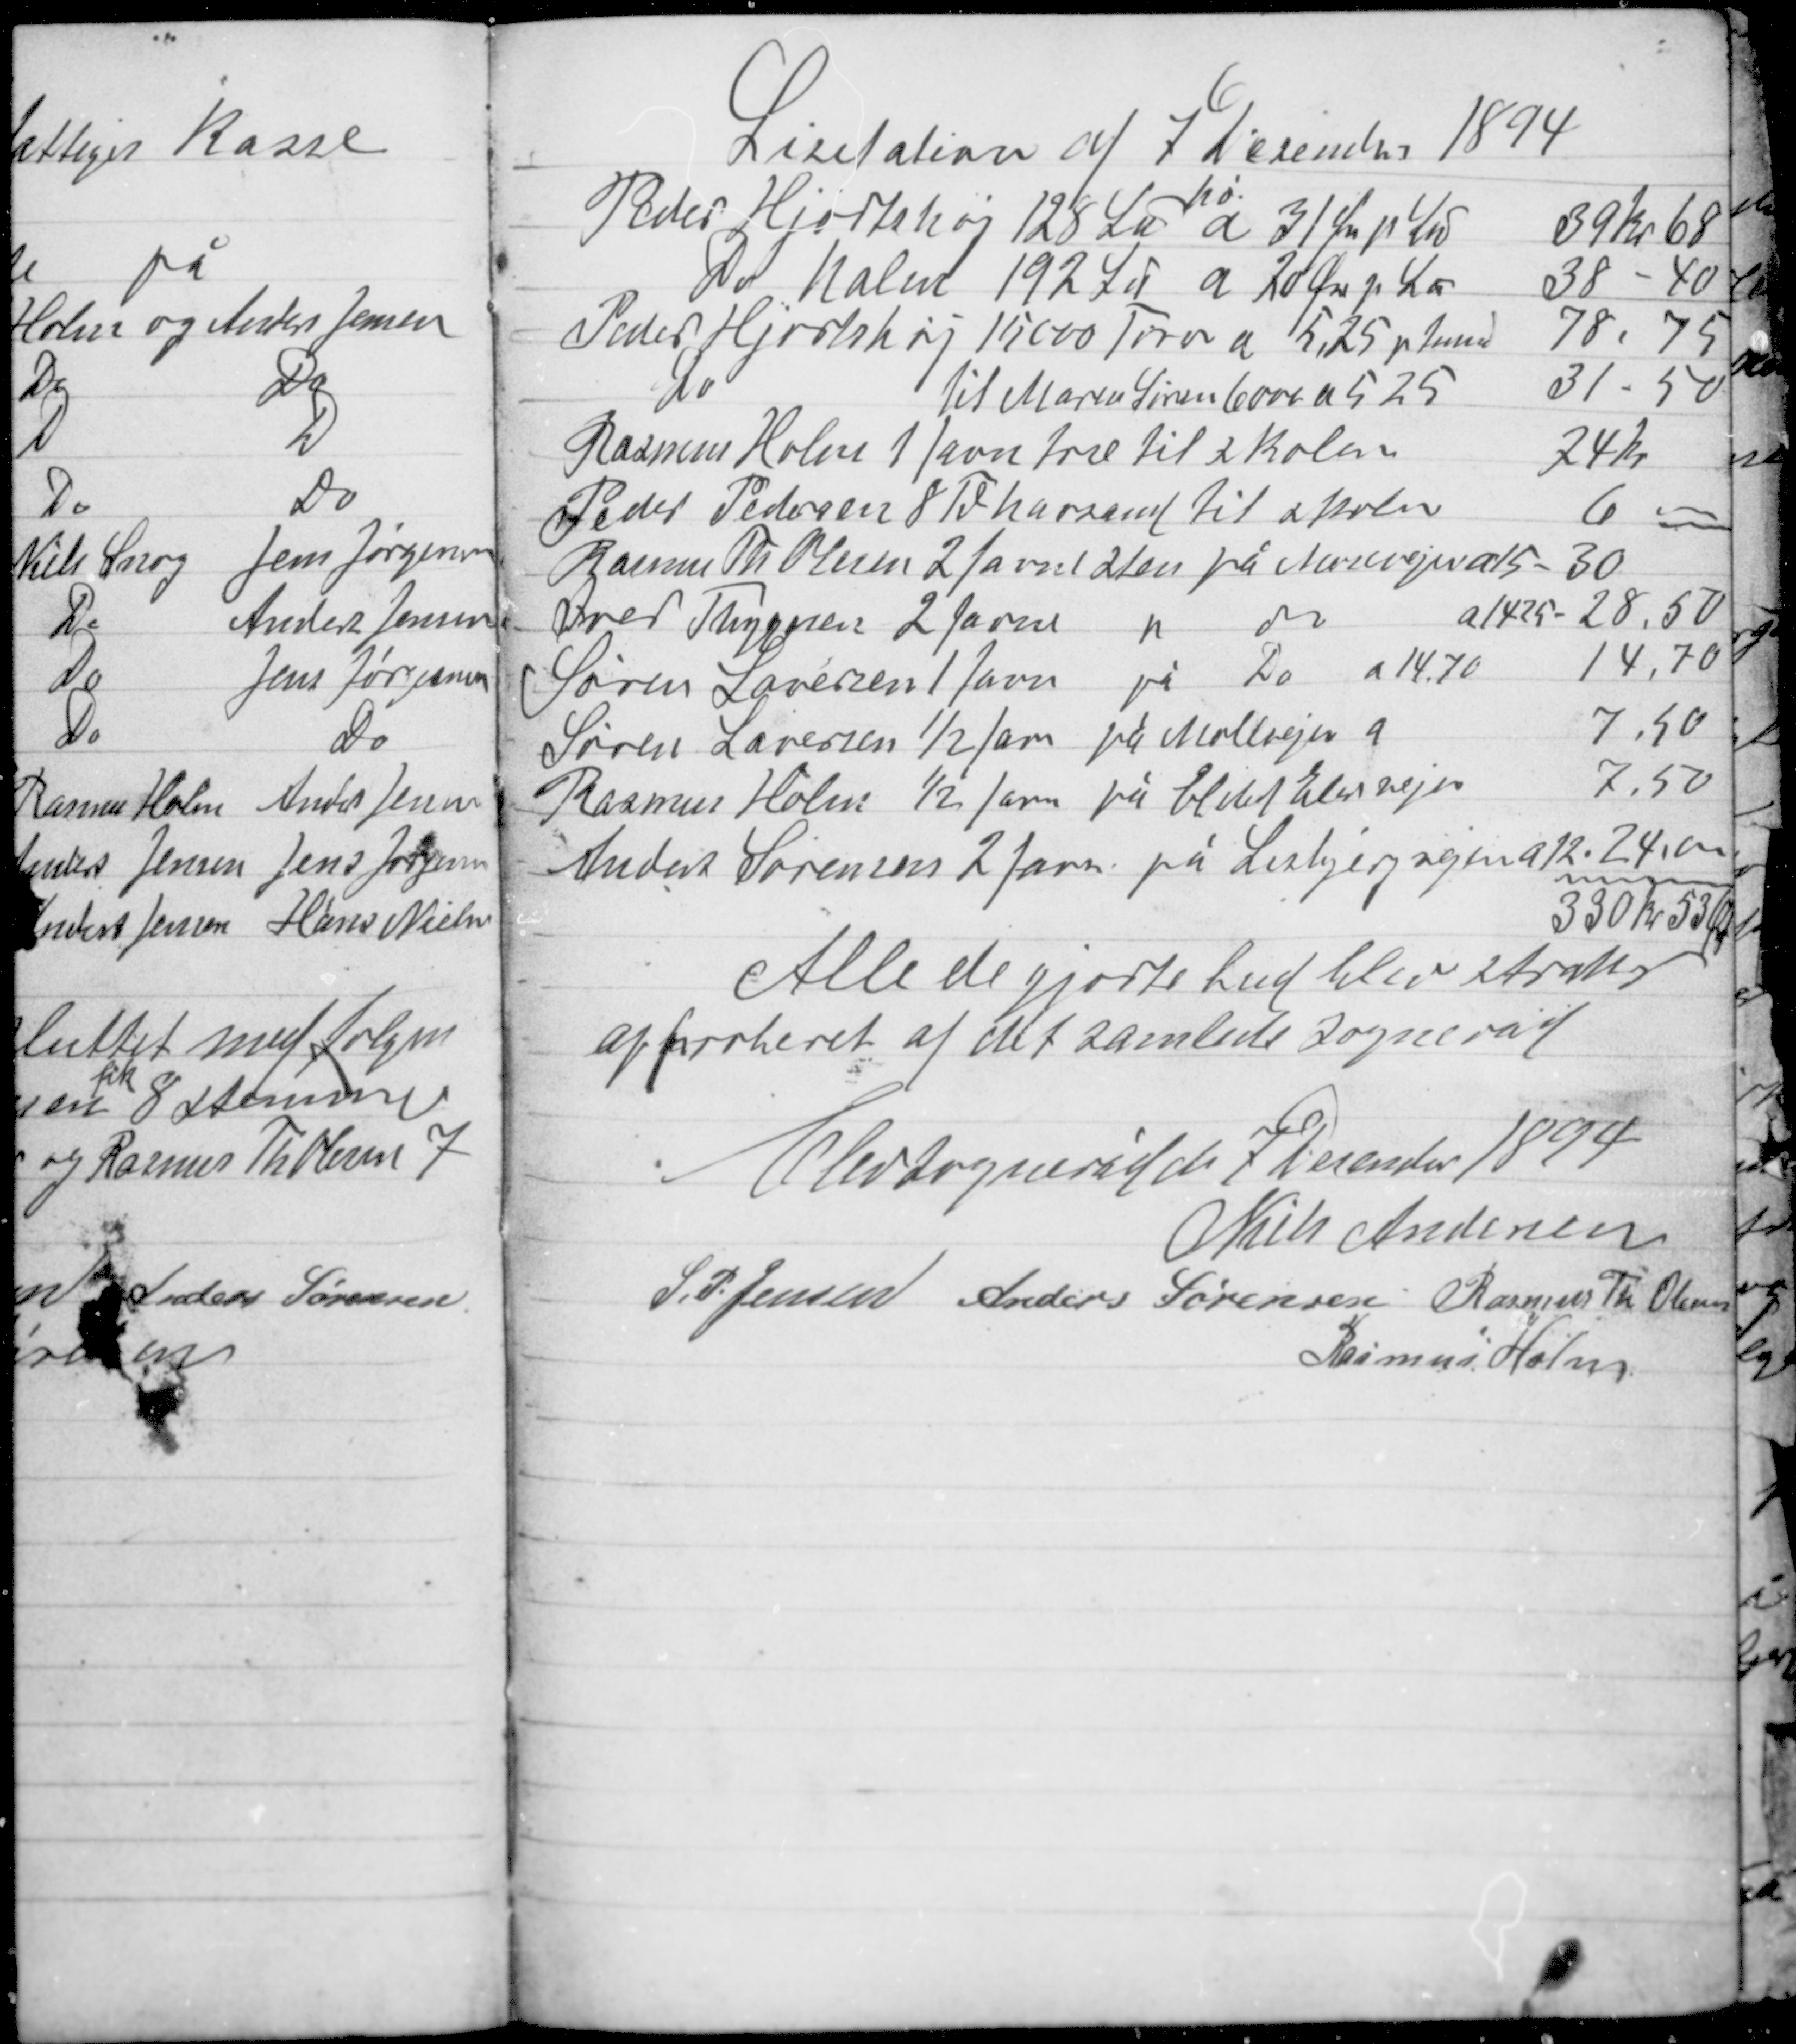
Transskription:
Licitation af 7 6 December 1894

Alle de gjorte bud blev straks
approberet af det samlede sogneråd

Elev sogneråd d 7 December 1894
Niels Andersen
S. P. Jensen Anders Sørensen Rasmus Th Olesen
Rasmus Holm